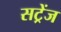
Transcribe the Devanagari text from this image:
सट्रेंज